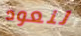
لنعود